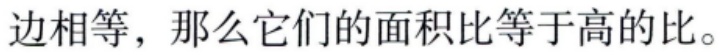
边相等，那么它们的面积比等于高的比。